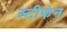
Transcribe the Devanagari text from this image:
स्टीफंन